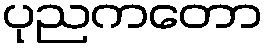
ပုညကတော